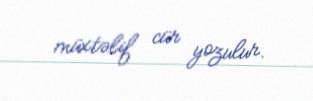
müxtəlif cür yozulur.